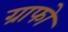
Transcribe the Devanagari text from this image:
ग्राफो